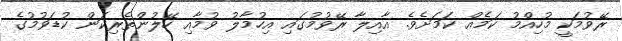
ރޭވުމަކީ މުހިއްމު ކަމެއް ކަމަށެވެ. އާއިލާ ރޭވުމުުގައި އިހުމާލު ވުމާއި ހޭލުންތެރިކަން ކުޑަވުމުގެ